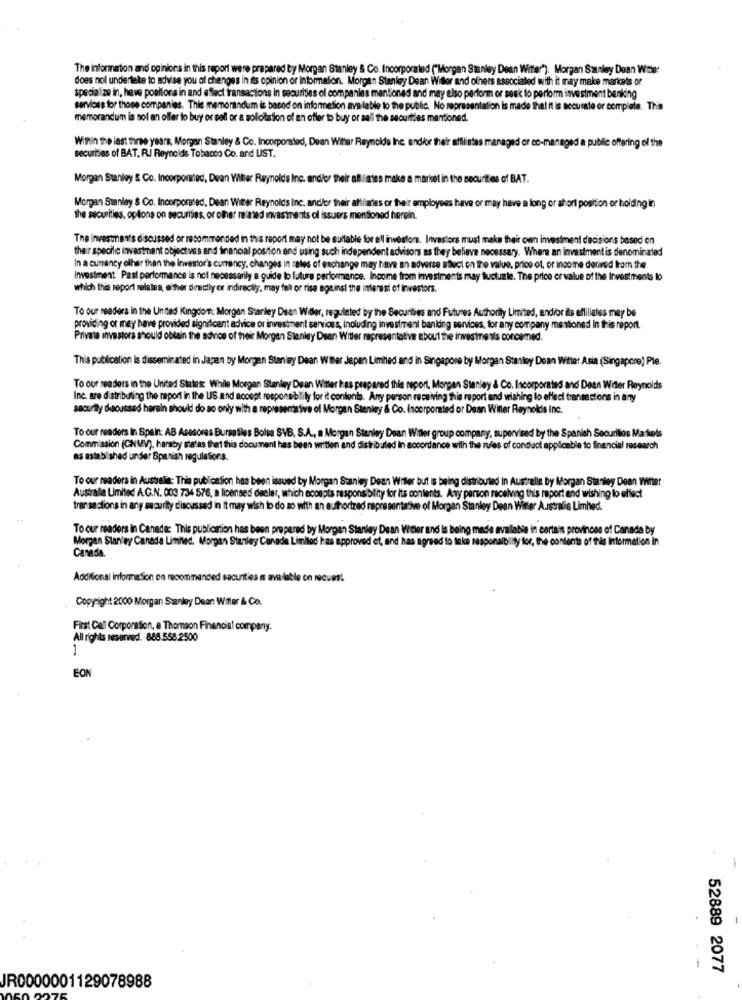
The information and opinions in this report were prepared by Morgan Stanley & Co. Incorporated ("Morgan Stanley Dean Witter"). Morgan Stanley Dean Wine:
does nol undertete to advise you of changes in its opinion of Information. Morgan Stanley Dean Willer and others associated with it may make marcets or
specialize in, heve positora in and effect transactions in securities of companies mentioned and may elso perform or seek to perform investment banking
services for those companies. This memorandum is based on information available to the public. No representation is made that it is accurate or complete. This
memorandum is not an offer to buy or sell or a soliotsion of en offer to buy or sell the securities mentioned.
Within the last three years. Morgan Stanley & Co. Incorporated, Dean Withher Reynolds Ine andior their affiliates managed or co-managed a public offering of the
securitas of BAT, RJ Reynolds Tobacco Co. and UST.
Morgan Stanley & Co. Incorporated, Dean Willer Reynolds Inc. and/or their affiliates make a market in the securities of BAT.
Morgan Stanley & Co. Incorporated, Dean Witter Reynolds Inc. and/or their afiliades or their employees have or may have a long or short position or holding in
the securities, oplions on securities, or other related mvastments of issuers mentioned herein.
The investman's discussed or recommended in this report may not be suitable for all investors. Investors must make their own investment decisions based on
their specific investment objectives and financial position and using such independent advisors as they believe necessary. Where an investment is denominated
In a currency other than the investor's currency, changes in rates of exchange may have en adverse stlect on the value, price of, or income derived from the
Investment Past performance is not necessarily a guide to future performance. Income from investments may tuctuale. The price er value of the Investments lo
which this report relates, either directly or indirectly, may fel or rise against the interest of inwestors.
To our readers in the United Kingdom: Morgan Stanley Dean Willer, regulated by the Securities and Futures Authority Limited, andior ils affiliates may be
providing or may have provided significant advice or investment services, including investment banking services, for any company mentioned In this report.
Private investors should obtain the advice of their Morgan Stanley Dsen Witter representative about the investments concemed.
This publication is disseminated in Japan by Morgen Stenisy Dean W ter Japan Limited and in Singapore by Morgan Stanley Dean Witle: Asia (Singapore) Ple.
To our readers in the United States: While Morgan Stanley Dean Witter has prepared this report, Morgan Stanley & Co. Incorporated and Dean Wrter Reynolds
Inc. are distributing the report in the US and accept responsibility for it contents. Any person receiving this report and wishing lo effedi transactions in any
securtly discussed herein should do so only with a representative of Morgan Stanley & Co. incorporated or Dean Witter Reynolds Inc.
To our readers In Spein: AB Asesores Bursatles Bolsa SVB, S.A ., a Morgan Stanley Dean Witter group company, supervised by the Spanish Securities Ma tools
Commission (CNMV), hereby states that this document has been written and distributed in accordance with the rules of conduct applicable to financial research
as established under Spanish regulations.
To our readers in Australia: This publication has been issued by Morgan Stanley Dean Witter but is being distributed In Australie by Morgan Stanley Dean Witter
Australla Umited A.C.N. 003 734 576, a licensed deeler, which accepts responsibility for its contents. Any person receiving this report end wishing lo effect
trar sa cions in any security discussed in It may wish to do so with an authorized representative of Morgan Stanley Dean Winter Australie Limhed.
To our readers in Canada: This publication has been prepered by Morgan Stanley Dean Wieler and is being made available in certain provinces of Canada by
Morgan Stanley Canada Limited. Morgan Stanley Canade Limlled has approved et, and has agreed to take responsibility for, the contents of this Information in
Canada.
Additional information on recommended sacunit'es
atle co recuest
Copyright 2000 Morgan Stanley Dean Wiler & Co.
First Cell Corporation, a Thomson Financial company.
All rights reserved. 888.558.2500
1
EON
-
52889 2077
JR0000001129078988